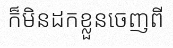
ក៏មិនដកខ្លួនចេញពី